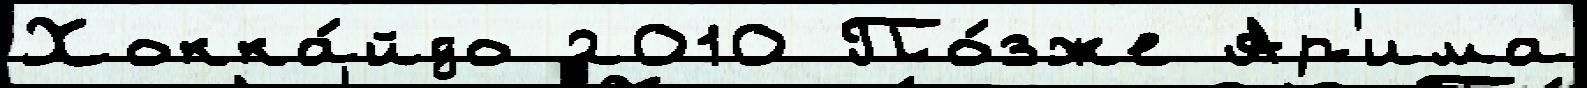
Хокка́йдо 2010 По́зже Ар'има